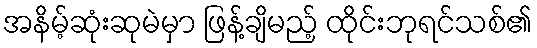
အနိမ့်ဆုံးဆုမဲမှာ ဖြန့်ချိမည့် ထိုင်းဘုရင်သစ်၏